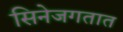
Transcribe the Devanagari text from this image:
सिनेजगतात